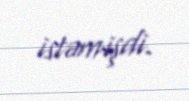
istəmişdi.